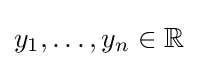
y_{1},\ldots ,y_{n}\in \mathbb {R}